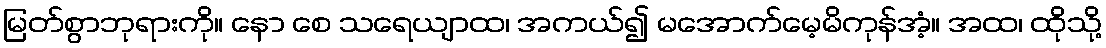
မြတ်စွာဘုရားကို။ နော စေ သရေယျာထ၊ အကယ်၍ မအောက်မေ့မိကုန်အံ့။ အထ၊ ထိုသို့